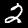
Label: 2